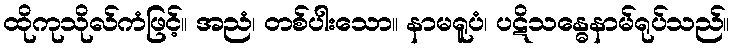
ထိုကုသိုလ်ကံဖြင့်။ အညံ၊ တစ်ပါးသော။ နာမရူပံ၊ ပဋိသန္ဓေနာမ်ရုပ်သည်။